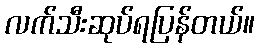
လက်သီးဆုပ်ရပြန်တယ်။